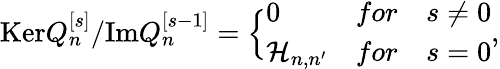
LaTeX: \mathrm{Ker}Q_{n}^{[s]}/\mathrm{Im}Q_{n}^{[s-1]}=\Bigl\lbrace\begin{array}{lll}{{0}}&{{for}}&{{s\not=0}}\\ {{{\cal H}_{n,n^{\prime}}}}&{{for}}&{{s=0}}\end{array},